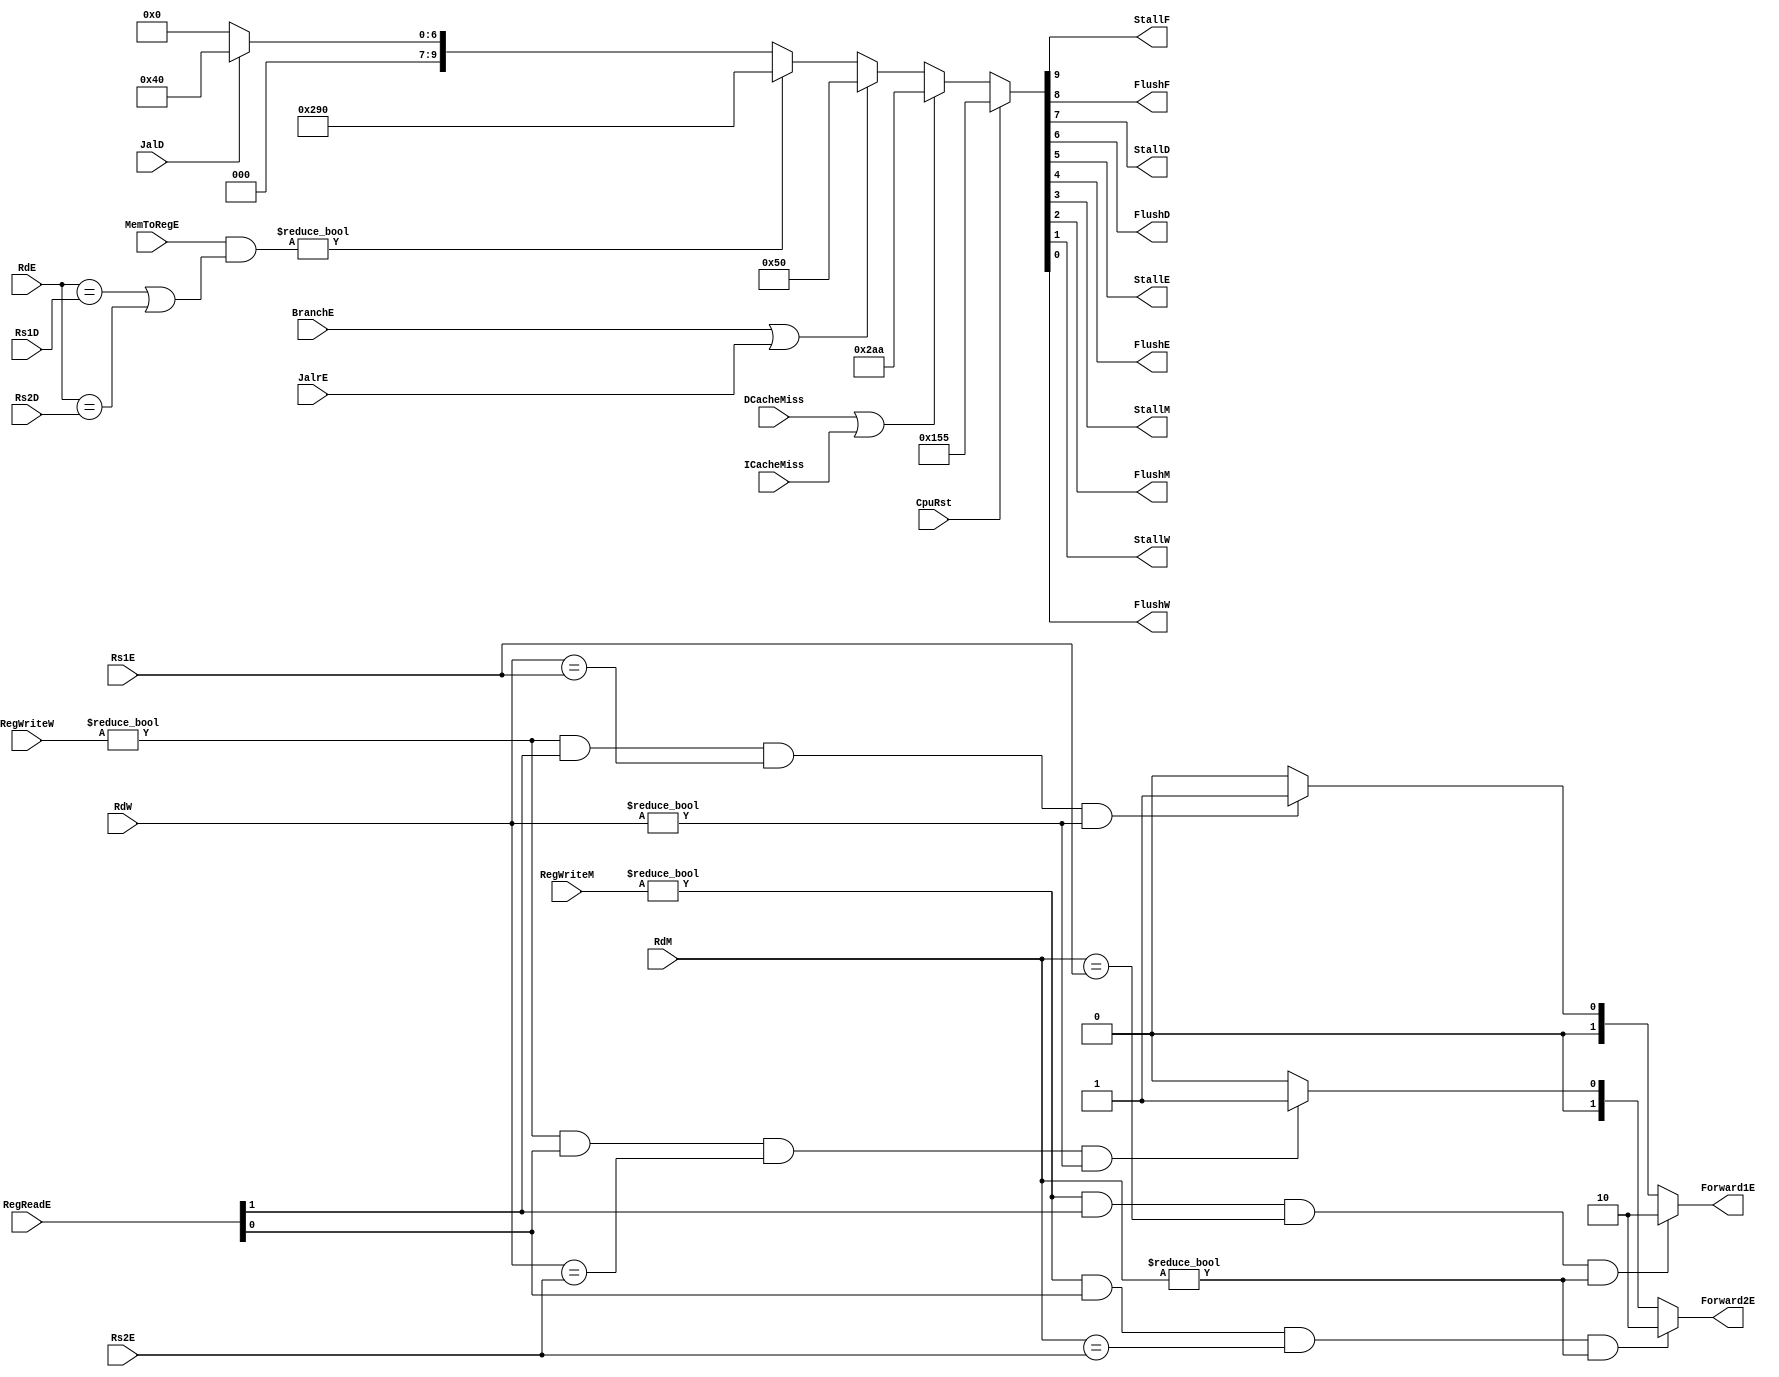
// This program was cloned from: https://github.com/Summer-Summer/ComputerArchitectureLab
// License: MIT License

`timescale 1ns / 1ps
//////////////////////////////////////////////////////////////////////////////////
// Company: USTC ESLABEmbeded System Lab
// Design Name: RISCV-Pipline CPU
// Module Name: HarzardUnit
// Target Devices: Nexys4
// Tool Versions: Vivado 2017.4.1
// Description: Deal with harzards in pipline
//////////////////////////////////////////////////////////////////////////////////
module HarzardUnit(
    input wire CpuRst, ICacheMiss, DCacheMiss, 
    input wire BranchE, JalrE, JalD, 
    input wire [4:0] Rs1D, Rs2D, Rs1E, Rs2E, RdE, RdM, RdW,
    input wire [1:0] RegReadE,
    input wire [2:0] MemToRegE, RegWriteM, RegWriteW,
    output reg StallF, FlushF, StallD, FlushD, StallE, FlushE, StallM, FlushM, StallW, FlushW,
    output reg [1:0] Forward1E, Forward2E
    );
    //
    //Stall and Flush signals generate
    always @ (*)
        if(CpuRst)
            {StallF,FlushF,StallD,FlushD,StallE,FlushE,StallM,FlushM,StallW,FlushW} <= 10'b0101010101;
        else if(DCacheMiss | ICacheMiss)
            {StallF,FlushF,StallD,FlushD,StallE,FlushE,StallM,FlushM,StallW,FlushW} <= 10'b1010101010;
        else if(BranchE | JalrE)
            {StallF,FlushF,StallD,FlushD,StallE,FlushE,StallM,FlushM,StallW,FlushW} <= 10'b0001010000;
        else if(MemToRegE & ((RdE==Rs1D)||(RdE==Rs2D)) )
            {StallF,FlushF,StallD,FlushD,StallE,FlushE,StallM,FlushM,StallW,FlushW} <= 10'b1010010000;
        else if(JalD)
            {StallF,FlushF,StallD,FlushD,StallE,FlushE,StallM,FlushM,StallW,FlushW} <= 10'b0001000000;
        else
            {StallF,FlushF,StallD,FlushD,StallE,FlushE,StallM,FlushM,StallW,FlushW} <= 10'b0000000000;
    //Forward Register Source 1
    always@(*)begin
        if( (RegWriteM!=3'b0) && (RegReadE[1]!=0) && (RdM==Rs1E) &&(RdM!=5'b0) )
            Forward1E<=2'b10;
        else if( (RegWriteW!=3'b0) && (RegReadE[1]!=0) && (RdW==Rs1E) &&(RdW!=5'b0) )
            Forward1E<=2'b01;
        else
            Forward1E<=2'b00;
    end
    //Forward Register Source 2
    always@(*)begin
        if( (RegWriteM!=3'b0) && (RegReadE[0]!=0) && (RdM==Rs2E) &&(RdM!=5'b0) )
            Forward2E<=2'b10;
        else if( (RegWriteW!=3'b0) && (RegReadE[0]!=0) && (RdW==Rs2E) &&(RdW!=5'b0) )
            Forward2E<=2'b01;
        else
            Forward2E<=2'b00;
    end      
endmodule